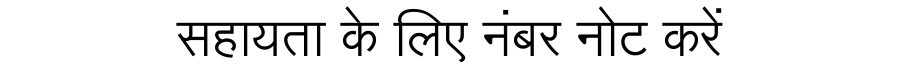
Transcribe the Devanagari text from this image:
सहायता के लिए नंबर नोट करें